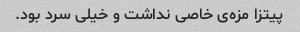
پیتزا مزه‌ی خاصی نداشت و خیلی سرد بود.